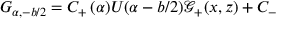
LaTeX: G _ { \alpha , - b / 2 } = C _ { + } \, ( \alpha ) U ( \alpha - b / 2 ) { \mathcal { G } } _ { + } ( x , z ) + C _ { - }